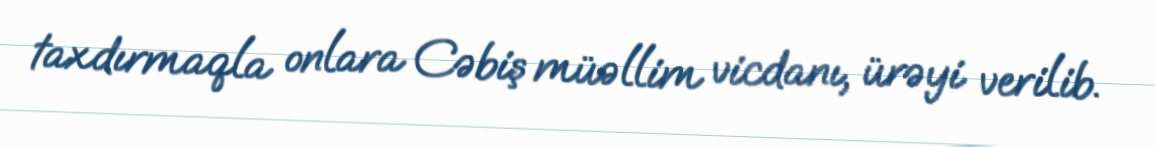
taxdırmaqla onlara Cəbiş müəllim vicdanı, ürəyi verilib.